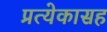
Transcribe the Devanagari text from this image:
प्रत्येकासह